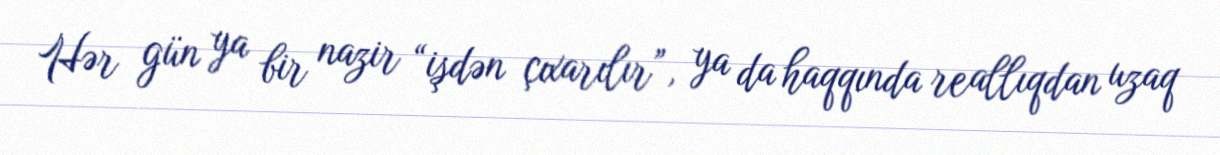
Hər gün ya bir nazir “işdən çıxarılır”, ya da haqqında reallıqdan uzaq